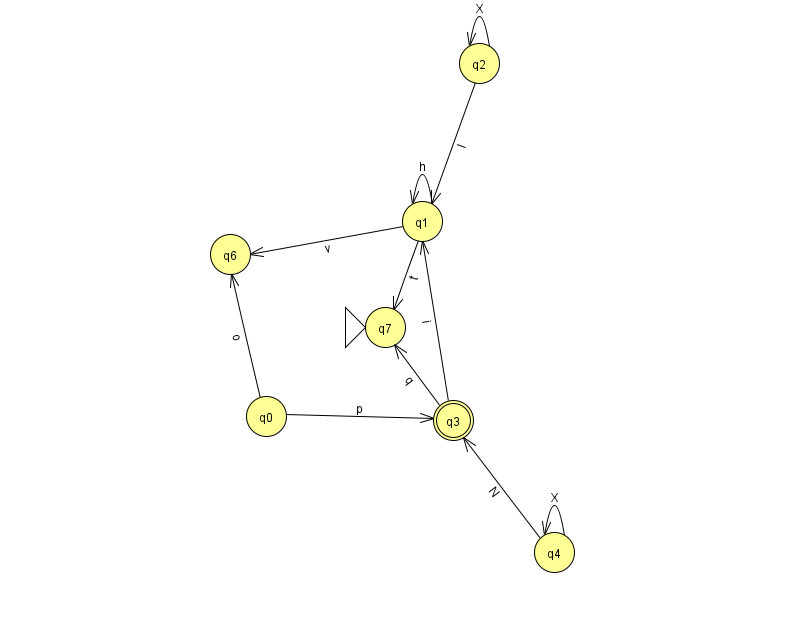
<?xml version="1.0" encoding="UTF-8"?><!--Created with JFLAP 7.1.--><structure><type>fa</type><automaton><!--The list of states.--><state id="0" name="q0"><x>266.0</x><y>403.0</y></state><state id="1" name="q1"><x>422.0</x><y>208.0</y></state><state id="2" name="q2"><x>479.0</x><y>50.0</y></state><state id="3" name="q3"><x>453.0</x><y>407.0</y><final/></state><state id="4" name="q4"><x>554.0</x><y>539.0</y></state><state id="6" name="q6"><x>230.0</x><y>241.0</y></state><state id="7" name="q7"><x>385.0</x><y>314.0</y><initial/></state><!--The list of transitions.--><transition><from>3</from><to>1</to><read>i</read></transition><transition><from>4</from><to>3</to><read>N</read></transition><transition><from>2</from><to>1</to><read>l</read></transition><transition><from>0</from><to>6</to><read>o</read></transition><transition><from>1</from><to>7</to><read>t</read></transition><transition><from>1</from><to>1</to><read>h</read></transition><transition><from>2</from><to>2</to><read>X</read></transition><transition><from>4</from><to>4</to><read>X</read></transition><transition><from>1</from><to>6</to><read>v</read></transition><transition><from>3</from><to>7</to><read>q</read></transition><transition><from>0</from><to>3</to><read>p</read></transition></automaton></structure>